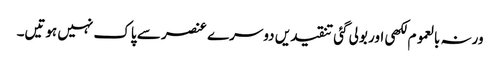
ورنہ بالعموم لکھی اور بولی گئی تنقیدیں دوسرے عنصر سے پاک نہیں ہوتیں۔